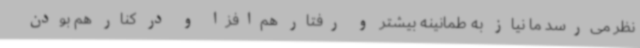
نظر می‌رسد ما نیاز به طمانینه بیشتر و رفتار هم‌افزا و در کنار هم بودن